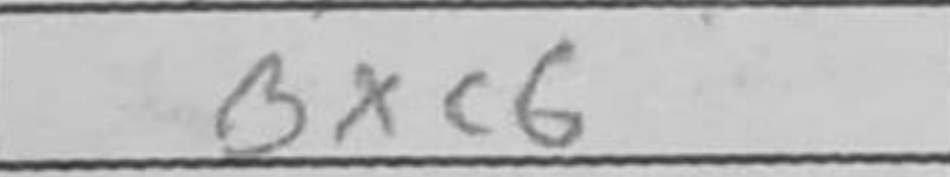
Transcription: Bxc6